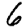
Digit: 6